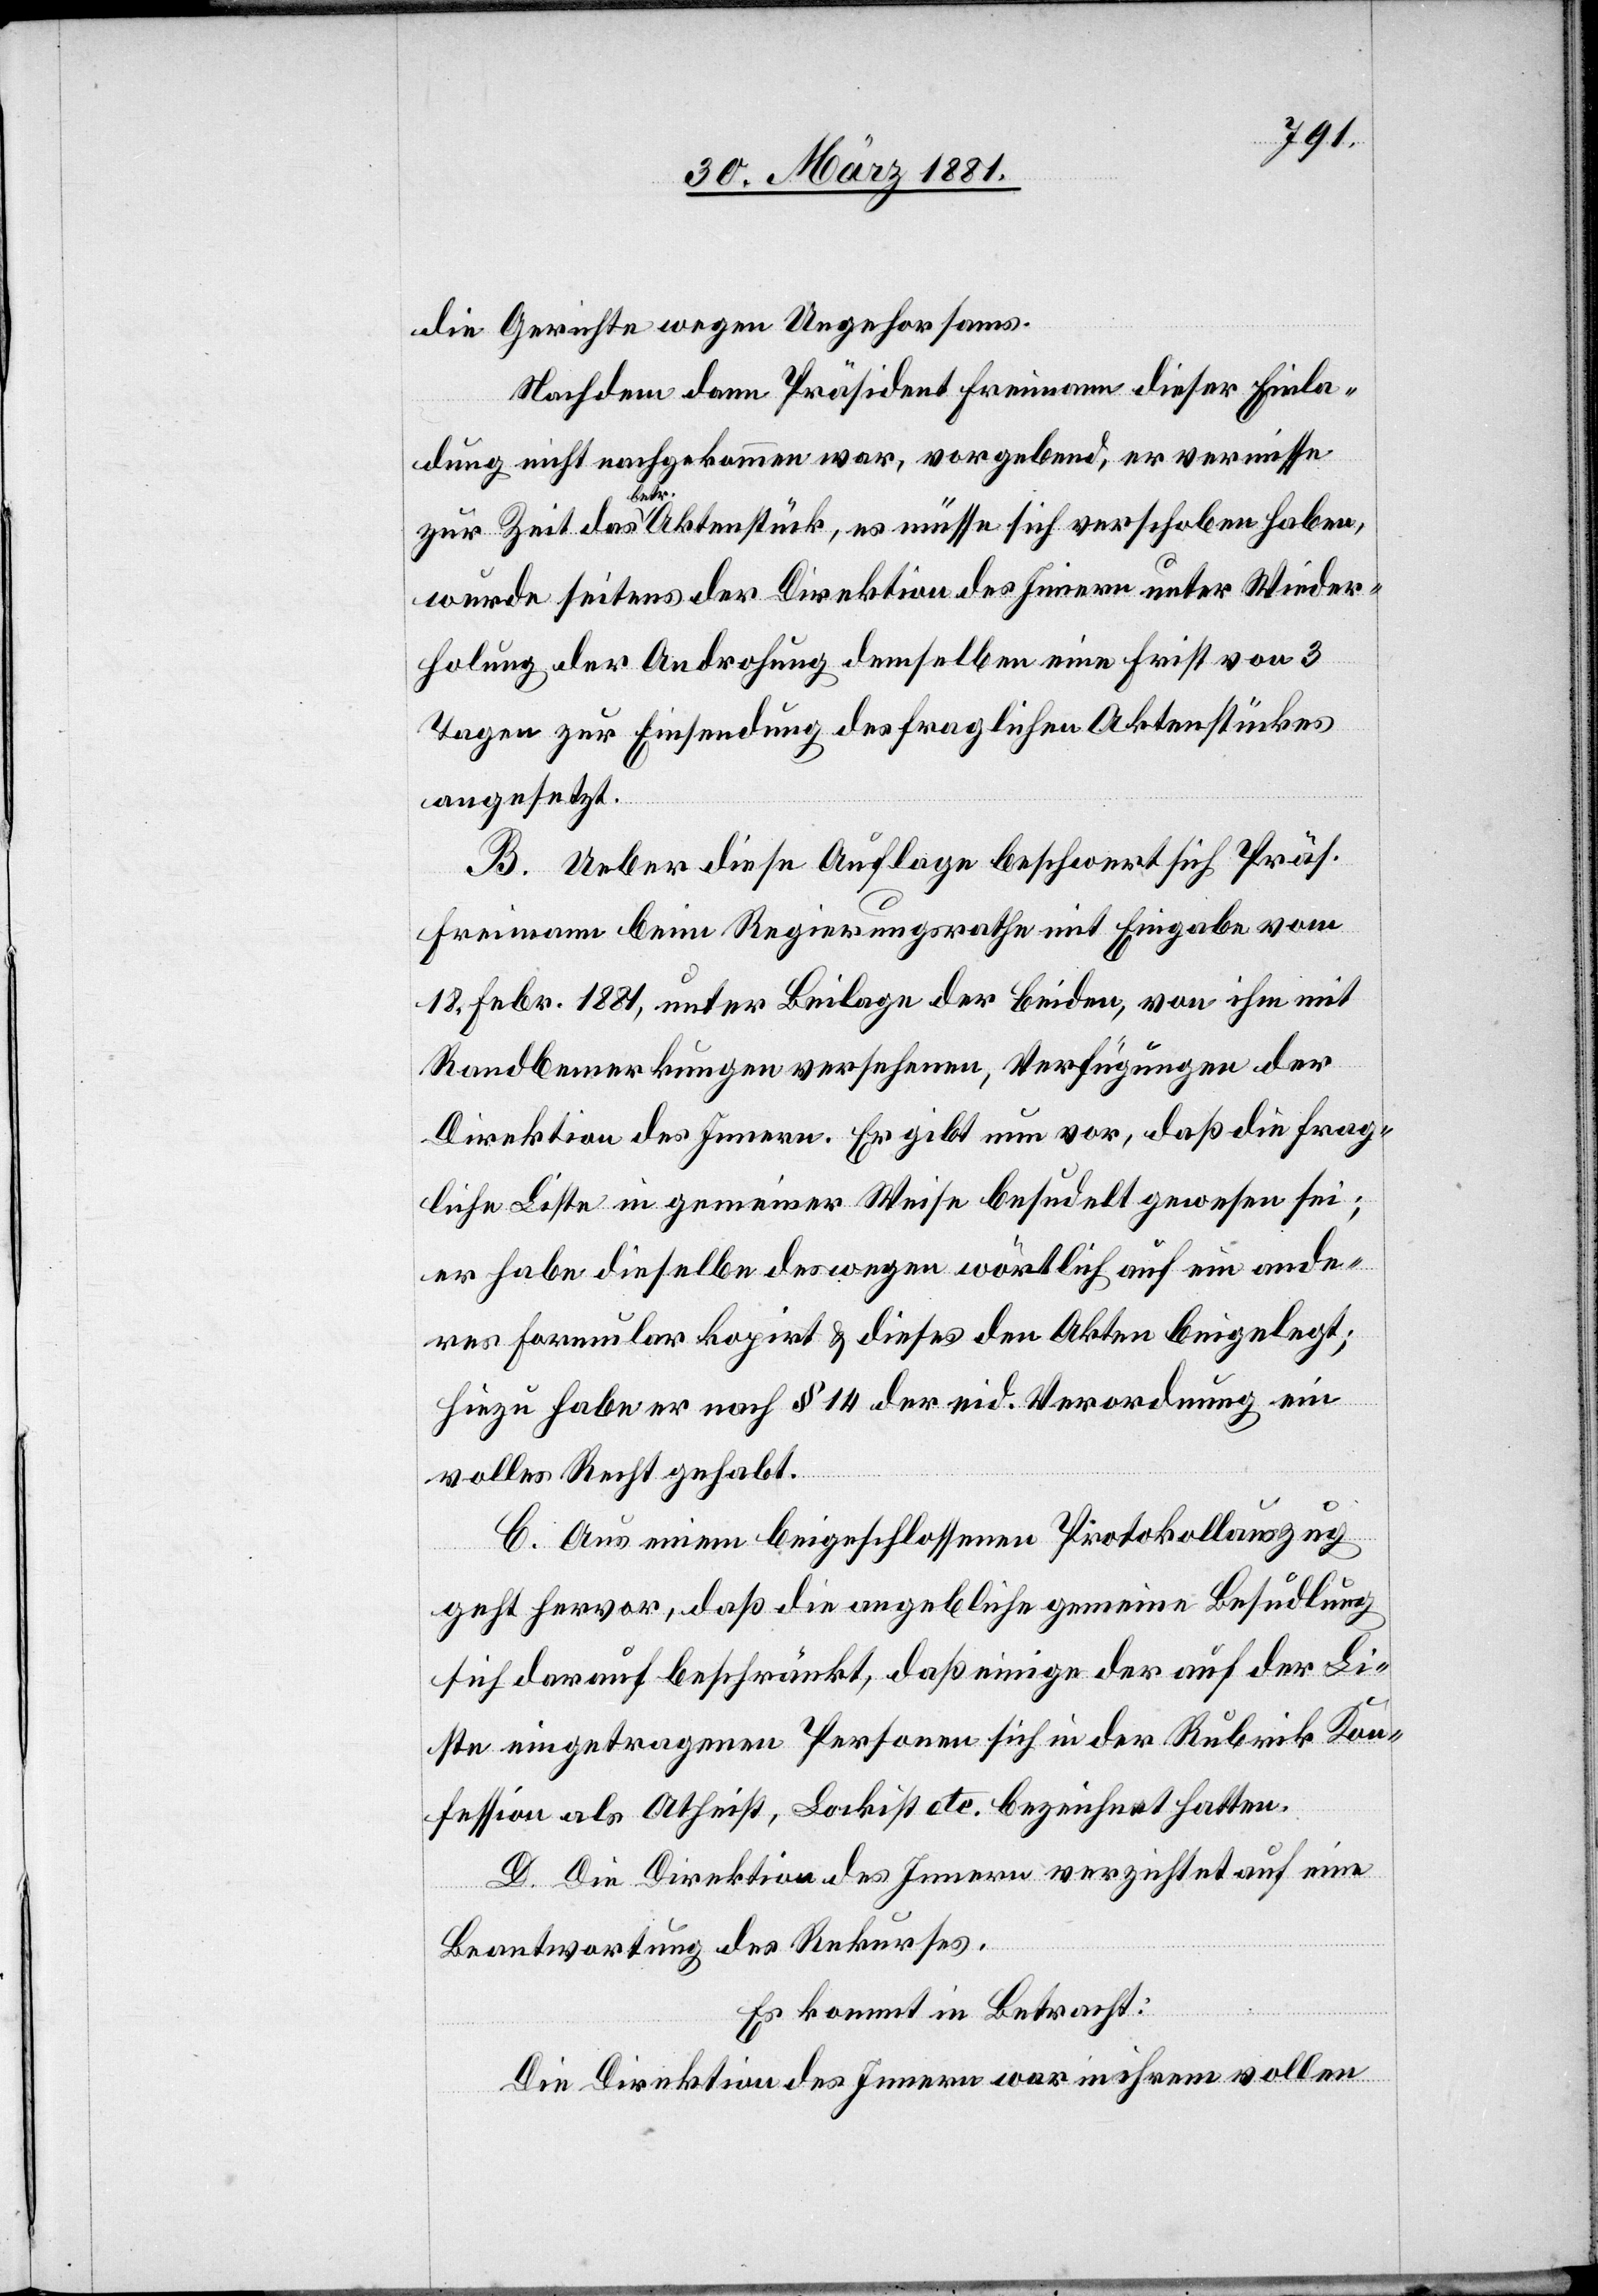
die Gerichte wegen Ungehorsams.
Nachdem dann Präsident Freimann dieser Einla¬
dung nicht nachgekommen war, vorgebend, er vermisse
zur Zeit das betr. Aktenstück, es müsse sich verschoben haben,
wurde seitens der Direktion des Innern unter Wieder¬
holung der Androhung demselben eine Frist von 3
Tagen zur Einsendung des fraglichen Aktenstückes
angesetzt.
B. Ueber diese Auflage beschwert sich Präs.
Freimann beim Regierungsrathe mit Eingabe vom
18. Febr. 1881, unter Beilage der beiden, von ihm mit
Randbemerkungen versehen, Verfügungen der
Direktion des Innern. Er gibt nun vor, daß die frag¬
liche Liste in gemeiner Weise besudelt gewesen sei;
er habe dieselbe deswegen wörtlich auf ein ande¬
res Formular kopirt & dieses den Akten beigelegt;
hiezu habe er nach § 14 der eid. Verordnung ein
volles Recht gehabt.
C. Aus einem beigeschlossenen Protokollauszug
geht hervor, daß die angebliche gemeine Besudlung
sich darauf beschränkt, daß einige der auf der Li¬
ste eingetragenen Personen sich in der Rubrik Kon¬
fession als Atheist, Lockist etc. bezeichnet hatten.
D. Die Direktion des Innern verzichtet auf eine
Beantwortung des Rekurses.
Es kommt in Betracht:
Die Direktion des Innern war in ihrem vollen